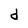
Character: d